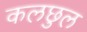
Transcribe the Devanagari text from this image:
कलछुल